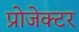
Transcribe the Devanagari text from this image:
प्रोजेक्‍टर